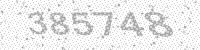
Solution: 385748